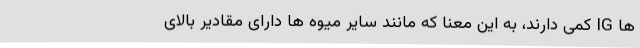
ها IG کمی دارند، به این معنا که مانند سایر میوه ها دارای مقادیر بالای